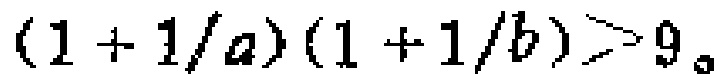
$(1 + 1/a)(1 + 1/b)>9。$